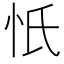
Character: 忯